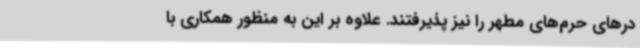
درهای حرم‌های مطهر را نیز پذیرفتند. علاوه بر این به منظور همکاری با